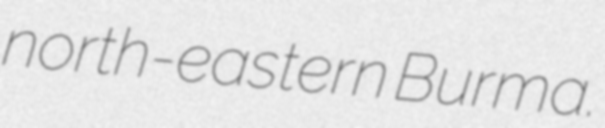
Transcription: north-eastern Burma.